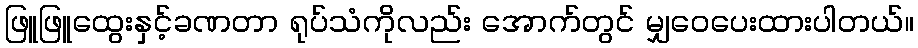
ဖြူဖြူထွေးနှင့်ခဏတာ ရုပ်သံကိုလည်း အောက်တွင် မျှဝေပေးထားပါတယ်။